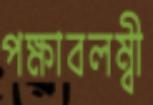
পক্ষাবলম্বী